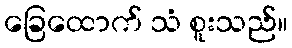
ခြေထောက် သံ စူးသည်။